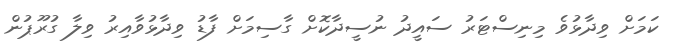
ކަމަށް ވިދާޅުވެ މިނިސްޓަރު ސައީދު ނުސީދާކޮށް ގާސިމަށް ފާޑު ވިދާޅުވާއިރު ވިލާ ގުރޫޕުން